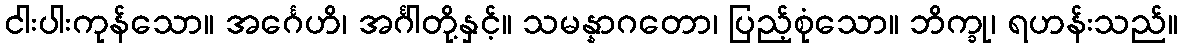
ငါးပါးကုန်သော။ အင်္ဂေဟိ၊ အင်္ဂါတို့နှင့်။ သမန္နာဂတော၊ ပြည့်စုံသော။ ဘိက္ခု၊ ရဟန်းသည်။